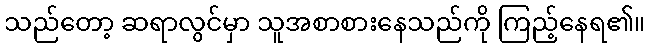
သည်တော့ ဆရာလွင်မှာ သူအစာစားနေသည်ကို ကြည့်နေရ၏။